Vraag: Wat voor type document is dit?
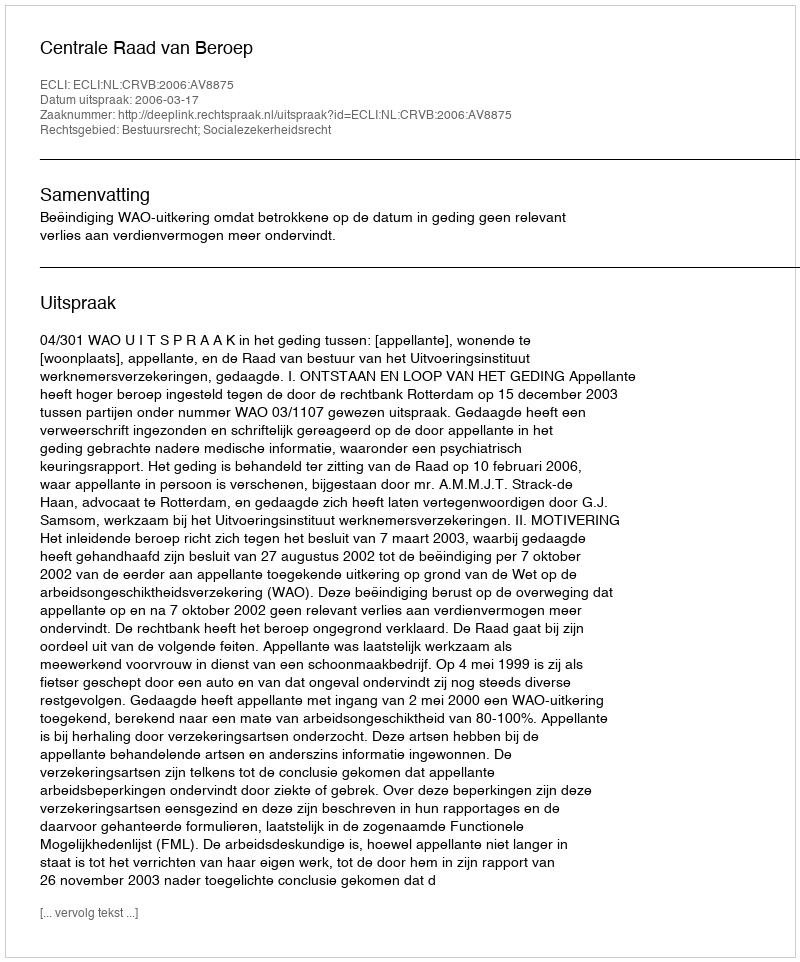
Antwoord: Uitspraak